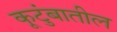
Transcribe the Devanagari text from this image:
कूटुंबातील